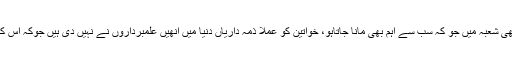
برطانیہ میں مارگریٹ تھیچر کے علاوہ کون نام نظر آتا ہے، اگر کسی ایک بھی شعبہ میں جو کہ سب سے اہم بھی مانا جاتاہو، خواتین کو عملاً ذمہ داریاں دنیا میں انھیں علمبرداروں نے نہیں دی ہیں جوکہ اس کے دعویدار ہیں تو اس کا مطلب یقینا یہ ہی ہے کہ صلاحیتوں میں اختلاف ہے۔